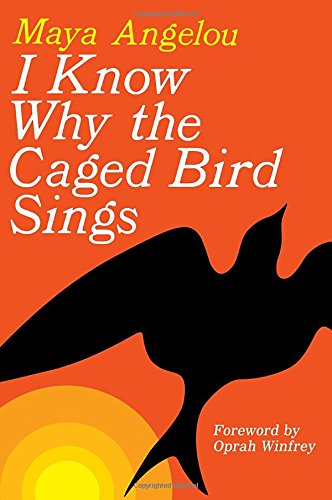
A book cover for I Know Why the Caged Bird Sings; Maya Angelou; Biographies & Memoirs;